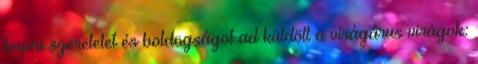
kapni szeretetet és boldogságot ad küldött a virágárus virágok: